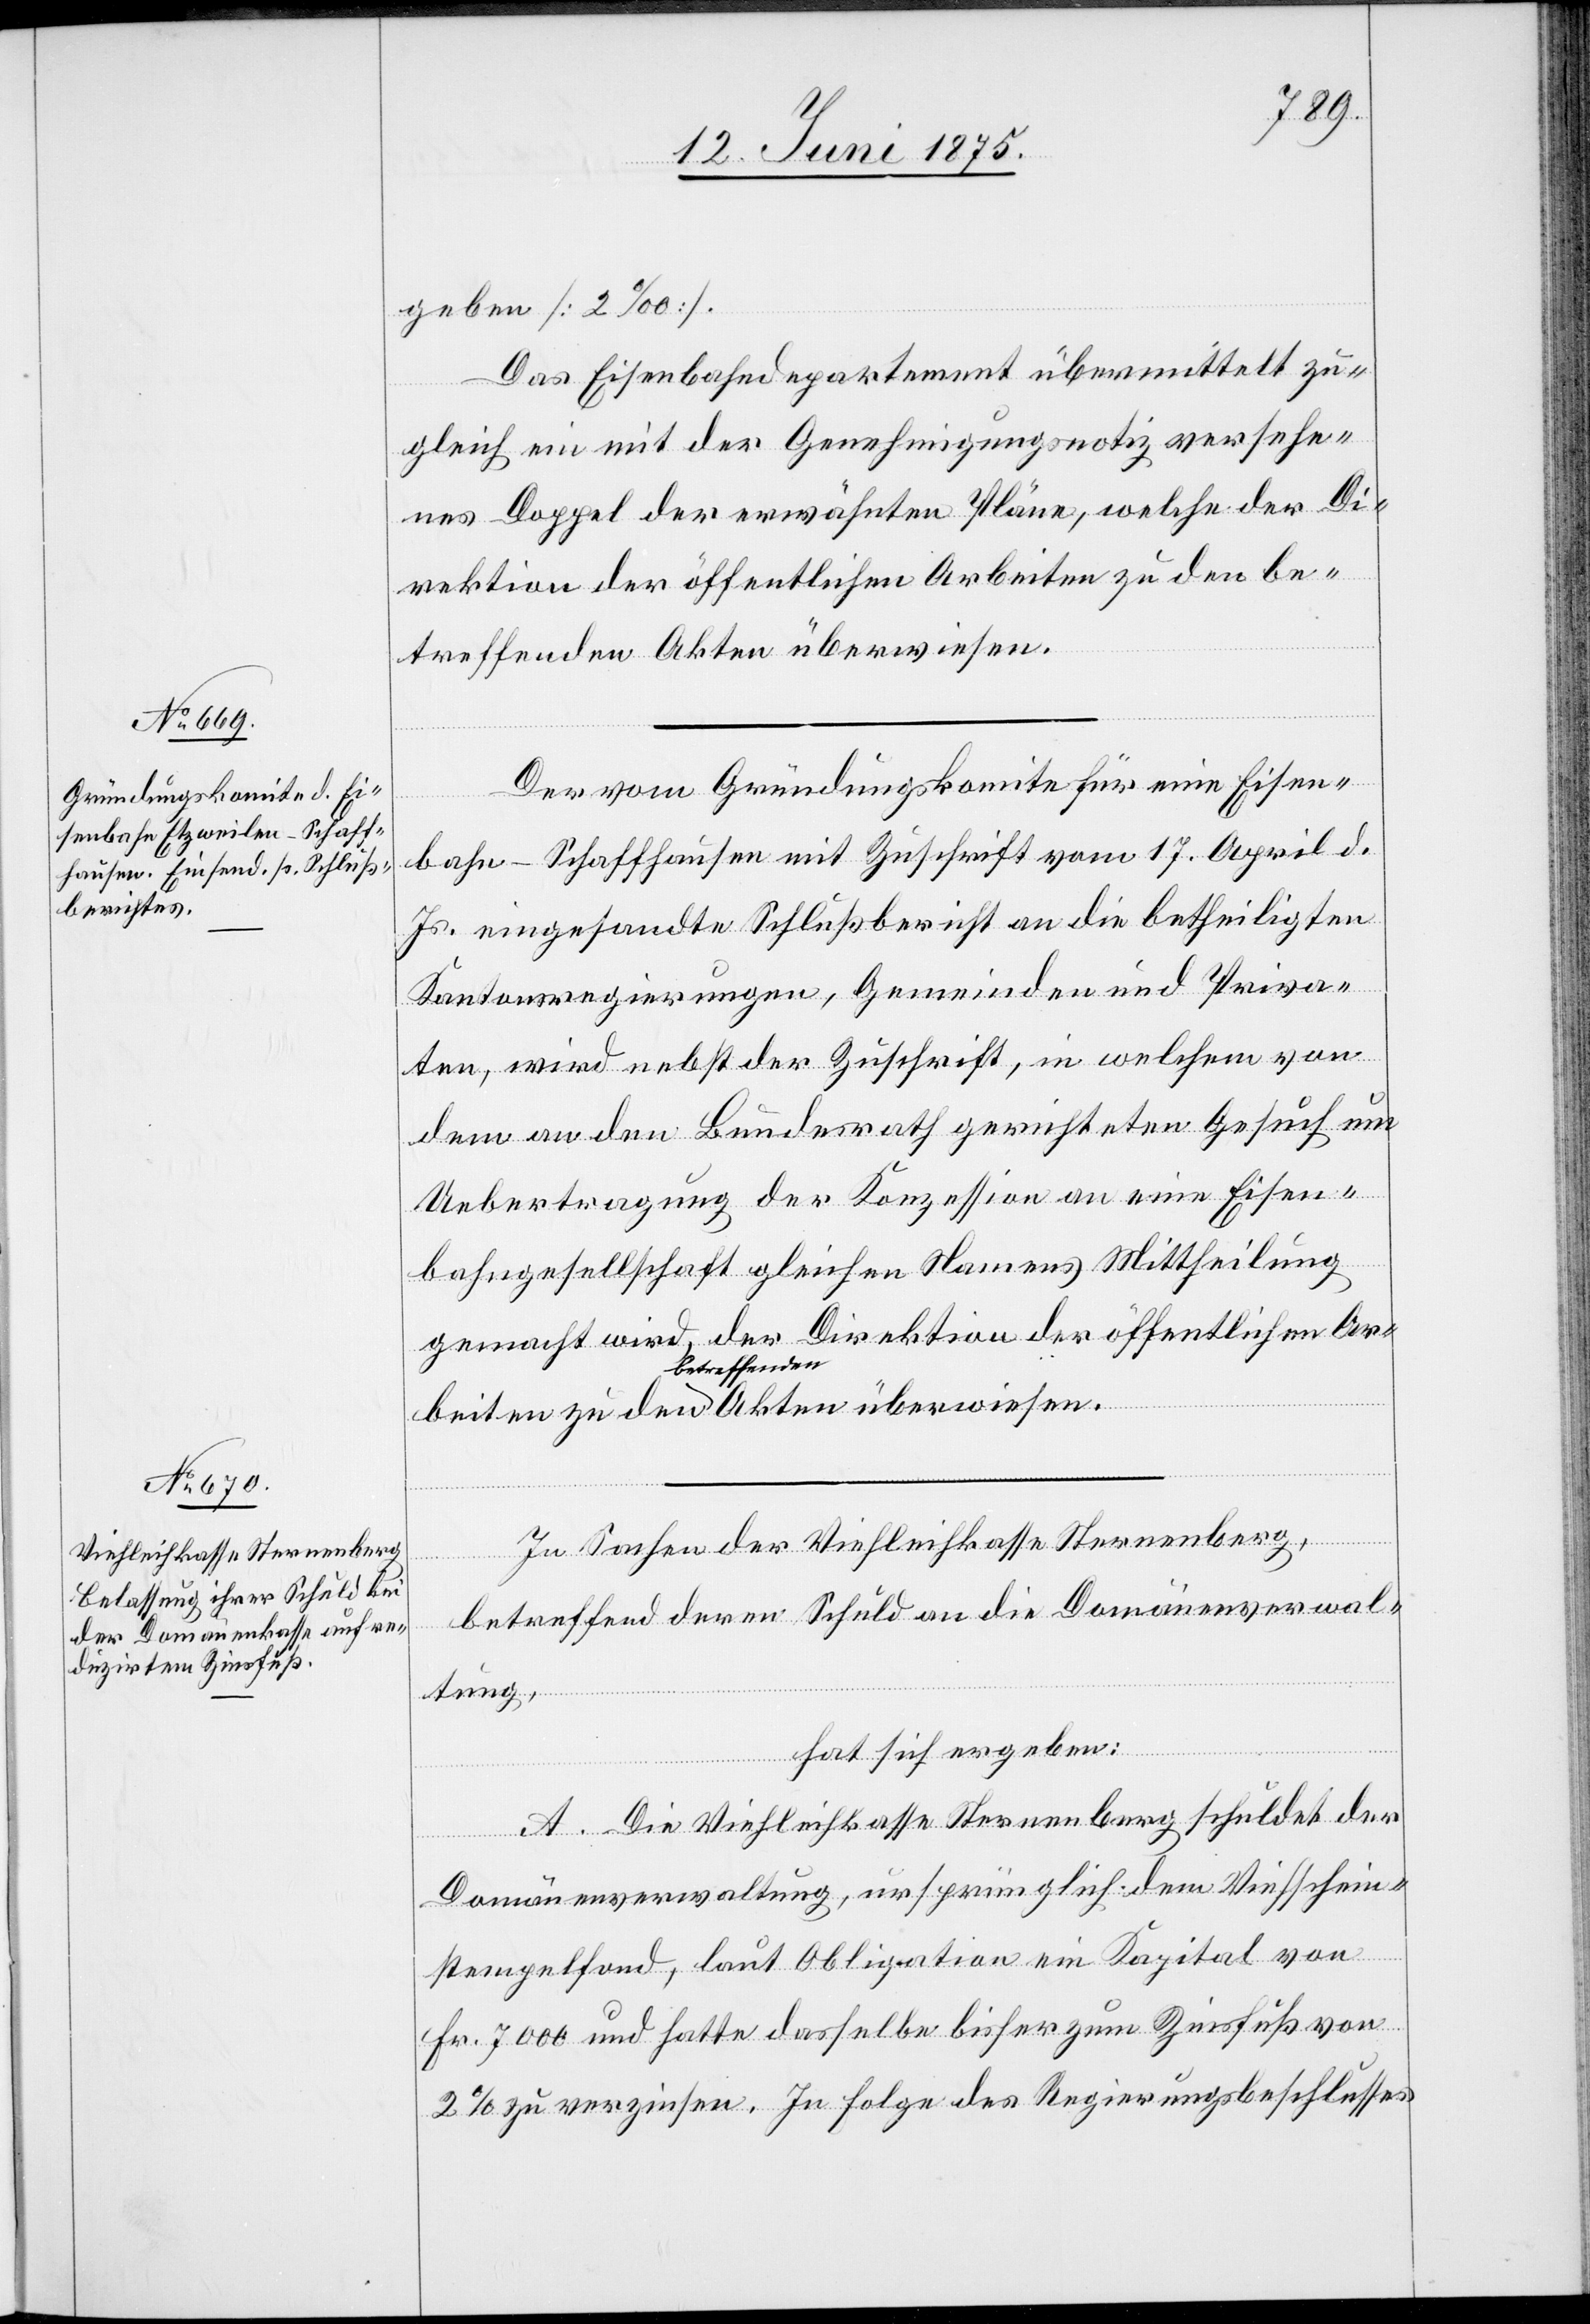
den

geben [2‰].
Das Eisenbahndepartement übermittelt zu¬
gleich ein mit der Genehmigungsnotiz versehe¬
nes Doppel der erwähnten Pläne, welche der Di¬
rektion der öffentlichen Arbeiten zu den be¬
betreffenden Akten überwiesen.
Der vom Gründungskomite für eine Eisen¬
bahn-Schaffhausen [sic!] mit Zuschrift vom 17. April d.
Js. eingesandte Schlußbericht an die betheiligten
Kantonsregierungen, Gemeinden und Priva¬
ten, wird nebst der Zuschrift, in welchem von
dem an den Bundesrath gerichteten Gesuch um
Uebertragung der Konzession an eine Eisen¬
bahngesellschaft gleichen Namens Mittheilung
gemacht wird, der Direktion der öffentlichen Ar¬
In Sachen der Viehleihkasse Sternenberg,
betreffend deren Schuld an die Domänenverwal¬
tung,
hat sich ergeben:
A. Die Viehleihkasse Sternenberg schuldet der
Domänenverwaltung, ursprünglich dem Viehschein¬
stempelfond, laut Obligation ein Kapital von
Fr. 7000 und hatte dasselbe bisher zum Zinsfuß von
2% zu verzinsen. In Folge des Regierungsbeschlusses